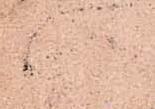
八